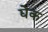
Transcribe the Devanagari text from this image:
द्येक